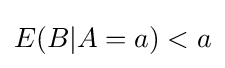
E(B|A=a)<a